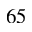
^ Ḋ 6 5 Ḍ